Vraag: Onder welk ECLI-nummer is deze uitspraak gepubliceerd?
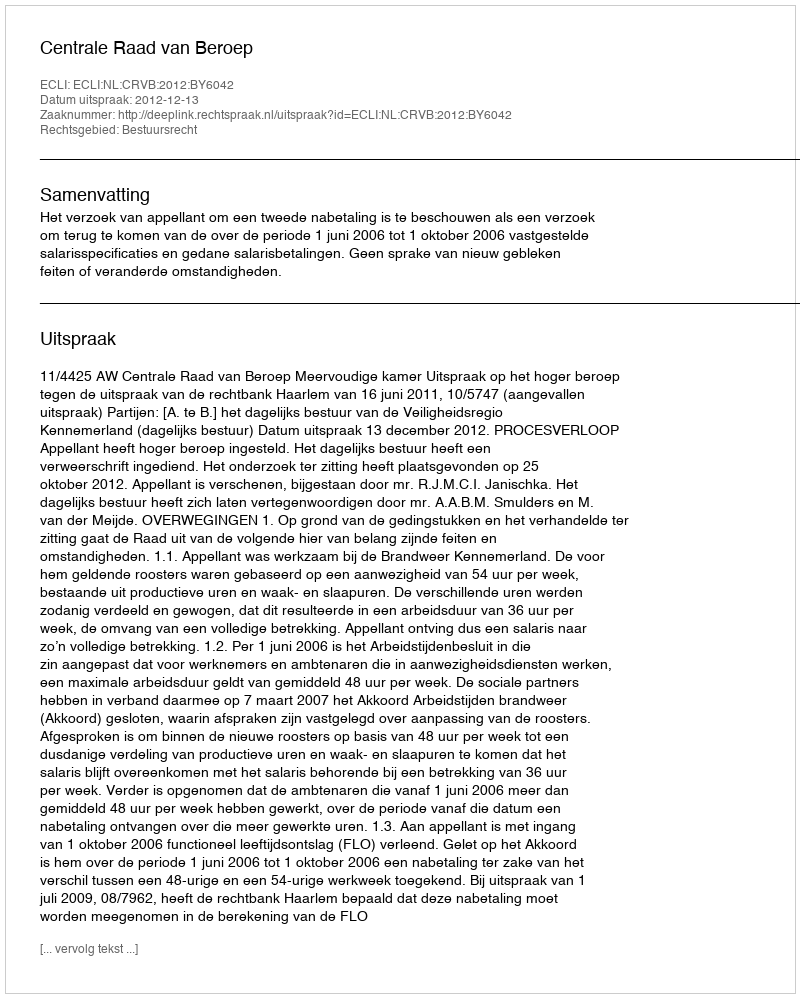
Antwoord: ECLI:NL:CRVB:2012:BY6042